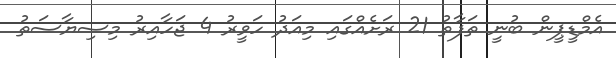
އެމްޑީޕީން ބުނީ ތަފާތު 21 ރަށެއްގައި މިއަދު ހަވީރު 4 ޖަހާއިރު މިސިޔާސަތު